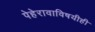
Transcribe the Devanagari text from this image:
पेहेरावाविषयीही